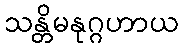
သန္တိမနုဂ္ဂဟာယ